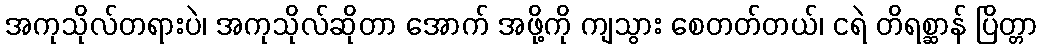
အကုသိုလ်တရားပဲ၊ အကုသိုလ်ဆိုတာ အောက် အဖို့ကို ကျသွား စေတတ်တယ်၊ ငရဲ တိရစ္ဆာန် ပြိတ္တာ